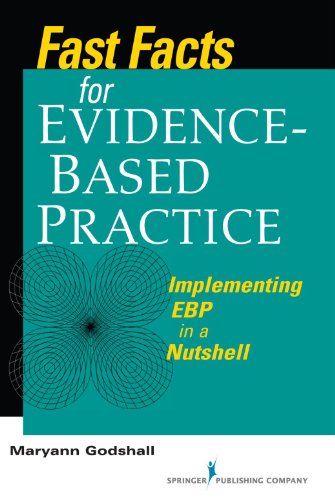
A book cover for Fast Facts for Evidence-Based Practice: Implementing EBP in a Nutshell; Maryann Godshall PhD(c)  MSN  CCRN  CPN  CNE; Christian Books & Bibles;